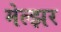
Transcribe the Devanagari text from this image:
मेल्झर